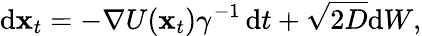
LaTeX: \mathrm{d}\mathbf{x}_{t}=-\nabla U(\mathbf{x}_{t})\gamma^{-1}\, \mathrm{d}t+\sqrt{2D}\mathrm{d}W,